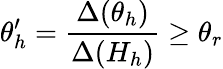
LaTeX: \theta_{h}^{\prime}=\frac{\Delta(\theta_{h})}{\Delta(H_{h})}\geq\theta_{r}